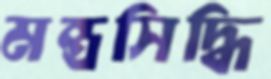
মন্ত্রসিদ্ধি